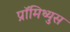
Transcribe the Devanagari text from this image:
प्रॉमिथ्युस